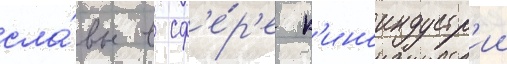
сла́вы в сф'е́р'е к'иноиндустр'ии